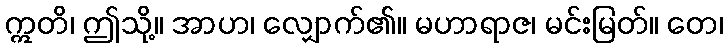
ဣတိ၊ ဤသို့။ အာဟ၊ လျှောက်၏။ မဟာရာဇ၊ မင်းမြတ်။ တေ၊